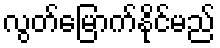
လွတ်မြောက်နိုင်မည်